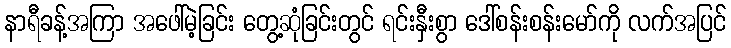
နာရီခန့်အကြာ အဖေါ်မဲ့ခြင်း တွေ့ဆုံခြင်းတွင် ရင်းနှီးစွာ ဒေါ်စန်းစန်းမော်ကို လက်အပြင်